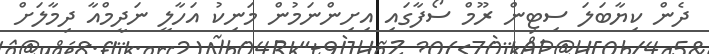
ދެން ކިޔާބަލަ ސިޓިން ރޫމް ސޯފާގައި އިށިންނަމުން މަނިކު އަހާލީ ނަދީމްއާ ދިމާލަށް